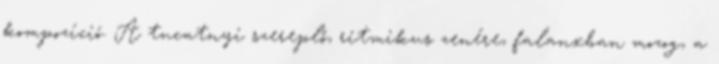
kompozíció. A tucatnyi szereplő, ritmikus zenére, falanxban mozog, a